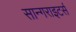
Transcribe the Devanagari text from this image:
सान्गराइटर्स